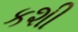
કશી